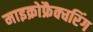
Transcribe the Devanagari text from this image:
माइक्रोफ्रैक्चरिंग